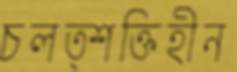
চলত্শক্তিহীন